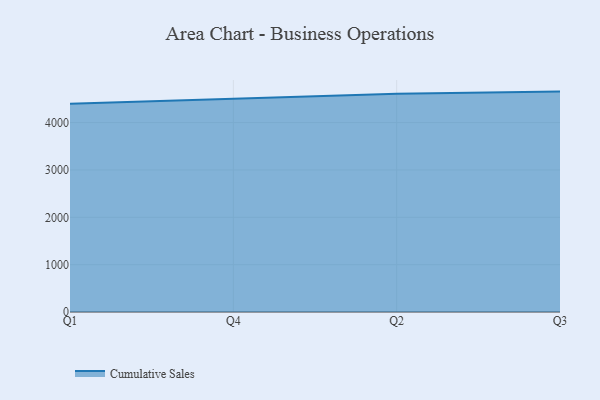
{"axis": {"x": "Quarter", "y": "Backlog"}, "legend": ["Cumulative Sales"], "data": [{"x": "Q1", "y": 4398.2, "type": "Cumulative Sales"}, {"x": "Q4", "y": 4509.6, "type": "Cumulative Sales"}, {"x": "Q2", "y": 4608.7, "type": "Cumulative Sales"}, {"x": "Q3", "y": 4654.9, "type": "Cumulative Sales"}]}